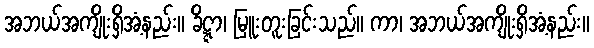
အဘယ်အကျိုးရှိအံ့နည်း။ ခိဋ္ဋာ၊ မြူးတူးခြင်းသည်။ ကာ၊ အဘယ်အကျိုးရှိအံ့နည်း။